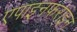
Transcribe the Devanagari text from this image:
एपाइनफराइन